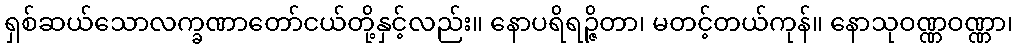
ရှစ်ဆယ်သောလက္ခဏာတော်ငယ်တို့နှင့်လည်း။ နောပရိရဉ္ဇိတာ၊ မတင့်တယ်ကုန်။ နောသုဝဏ္ဏဝဏ္ဏာ၊